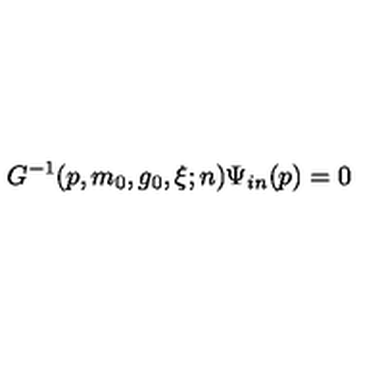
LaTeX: G ^ { - 1 } ( p , m _ { 0 } , g _ { 0 } , \xi ; n ) \Psi _ { i n } ( p ) = 0